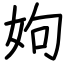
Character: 姁